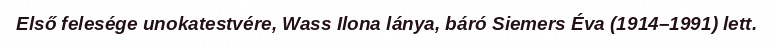
Első felesége unokatestvére, Wass Ilona lánya, báró Siemers Éva (1914–1991) lett.